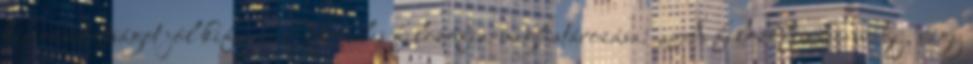
kimozdítottságot jól kifejezi Novalis filozófia-meghatározása: „A filozófia honvágy, vágy